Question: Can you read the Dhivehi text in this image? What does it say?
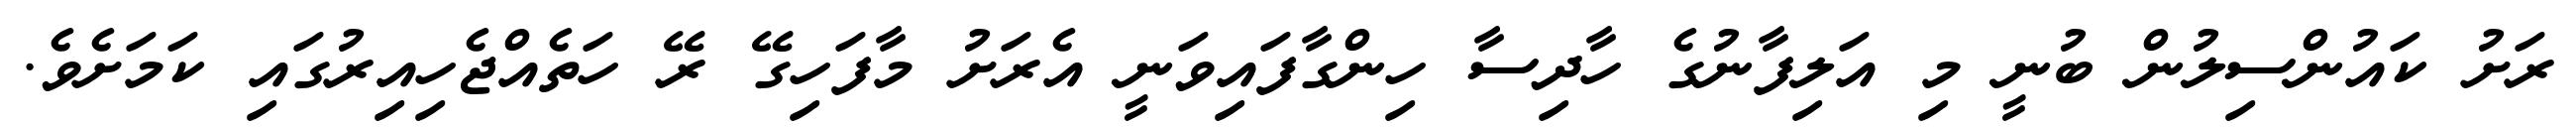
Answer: ރަށު ކައުންސިލުން ބުނީ މި އަލިފާނުގެ ހާދިސާ ހިންގާފައިވަނީ އެރަށު މާފަހިގޭ ރޭ ހަތެއްޖެހިއިރުގައި ކަމަށެވެ.